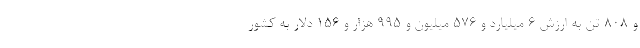
و ۸۰۸ تن به ارزش ۶ میلیارد و ۵۷۶ میلیون و ۹۹۵ هزار و ۱۵۶ دلار به کشور